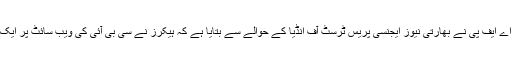
خبررساں ادارے اے ایف پی نے بھارتی نیوز ایجنسی پریس ٹرسٹ آف انڈیا کے حوالے سے بتایا ہے کہ ہیکرز نے سی بی آئی کی ویب سائٹ پر ایک پیغام چھوڑا ہے۔